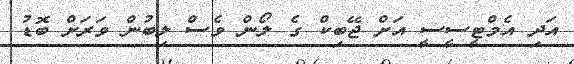
އަދި އެމްޓީސީސީ އަށް ޖޭބިކް ގެ ލޯން ވެސް ލިބުން ވަރަށް ބޮޑު